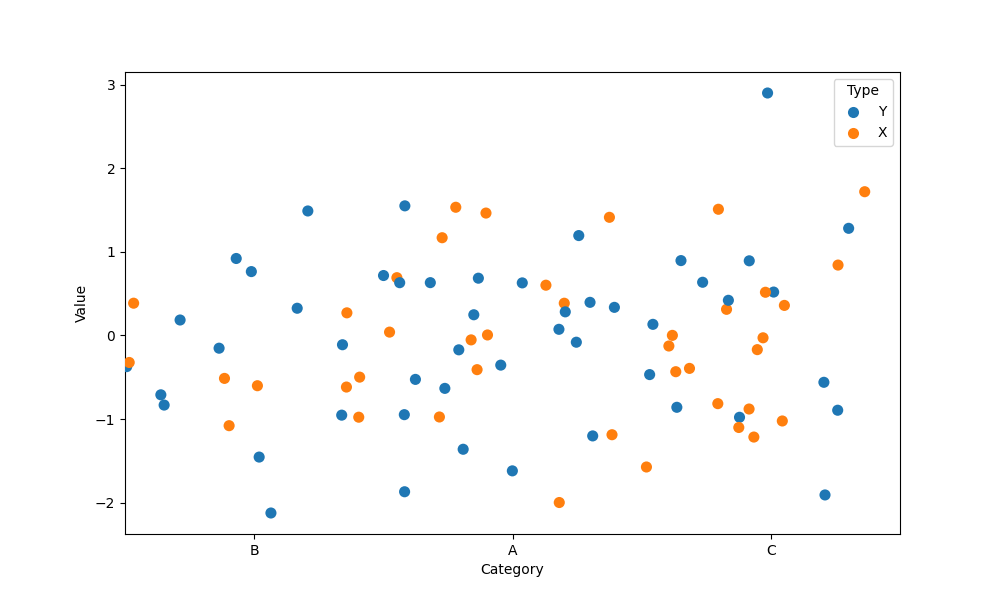
python, seaborn, stripplot, jitter=True, dodge=False, alpha=1.0, size=8